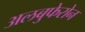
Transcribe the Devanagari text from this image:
अलबुफेरोन